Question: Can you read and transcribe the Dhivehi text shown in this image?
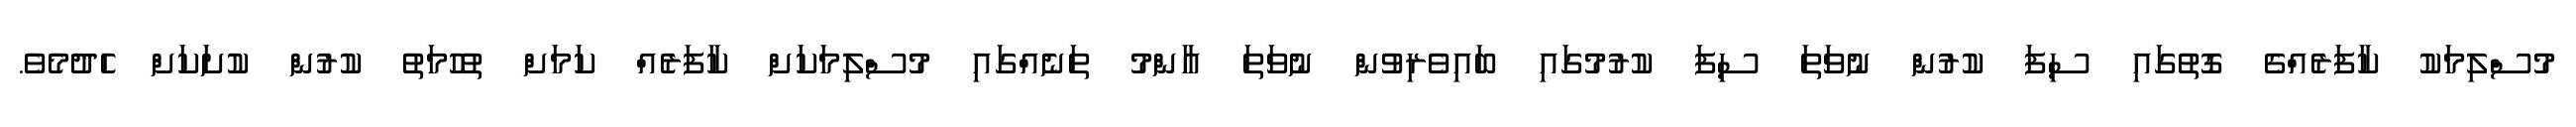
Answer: މުސްލިމަކު ކާފަރެއްގެ ގޮތުގައި ސިފަ ކުރުން ނުވަތަ ސިފަ ކުރުމުގައި ބައިވެރިވުން ނުވަތަ އާންމު ތަނެއްގައި މުސްލިމަކަށް ކާފަރެއް ކަމަށް ތުހުމަތު ކުރުން ކުށަކަށް ހެދުމެވެ.